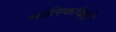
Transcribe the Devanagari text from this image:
मालिकांकडे